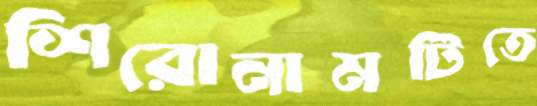
শিরোনামটিতে